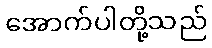
အောက်ပါတို့သည်